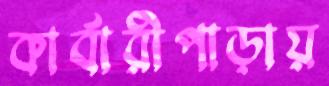
কার্বারীপাড়ায়